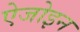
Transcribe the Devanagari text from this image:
ऐजोइन